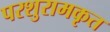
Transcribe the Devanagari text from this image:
परशुरामकृत